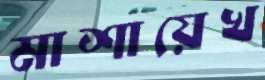
মাশায়েখ